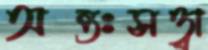
অন্তঃসত্ত্বা